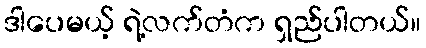
ဒါပေမယ့် ရဲ့လက်တံက ရှည်ပါတယ်။